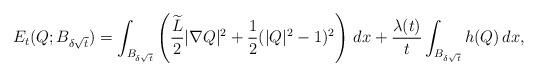
LaTeX: \begin{align*}E_{t}(Q;B_{\delta\sqrt {t}}) = \int_{B_{\delta\sqrt {t}}}\left(\frac{\widetilde L}{2}|\nabla Q|^2 + \frac 12 (|Q|^2-1)^2 \right)\, dx + \frac{\lambda(t)}{t}\int_{B_{\delta\sqrt {t}}}h(Q)\, dx,\end{align*}